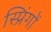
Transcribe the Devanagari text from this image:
स्प्रिंगों